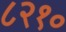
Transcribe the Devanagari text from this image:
८२१०